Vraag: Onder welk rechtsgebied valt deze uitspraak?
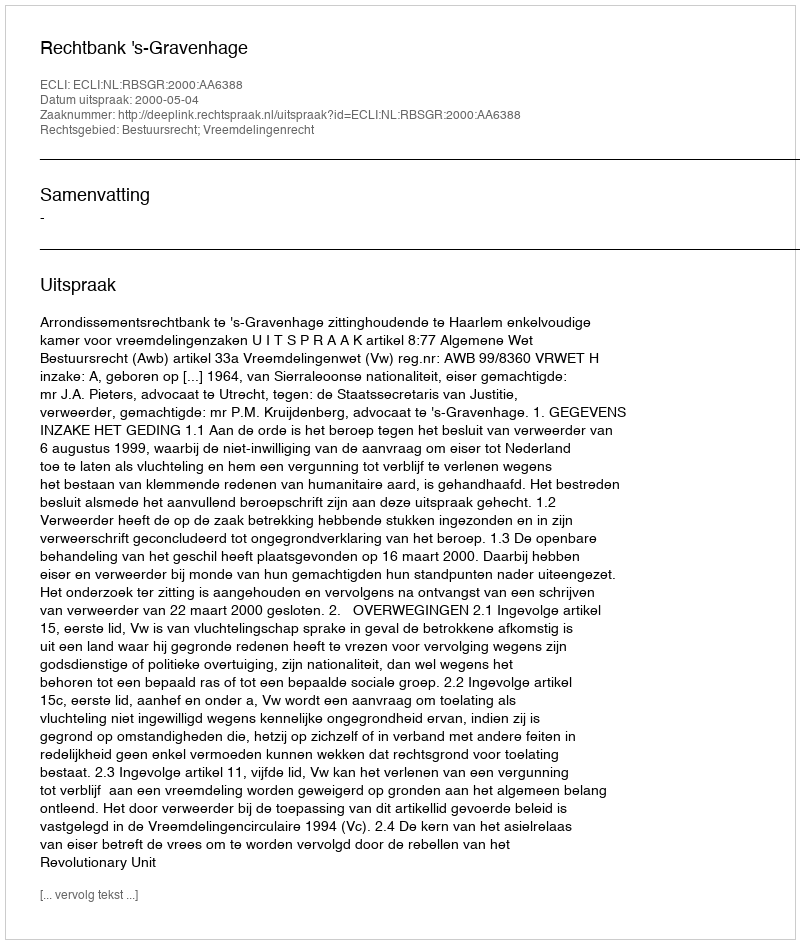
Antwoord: Bestuursrecht; Vreemdelingenrecht